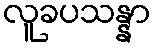
လူခပသန္နာ